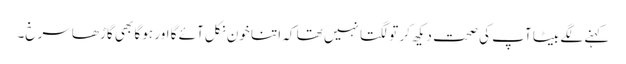
کہنے لگے بیٹا آپ کی صحت دیکھ کر تو لگتا نہیں تھا کہ اتنا خون نکل آئے گا اور ہو گا بھی گاڑھا سرخ۔